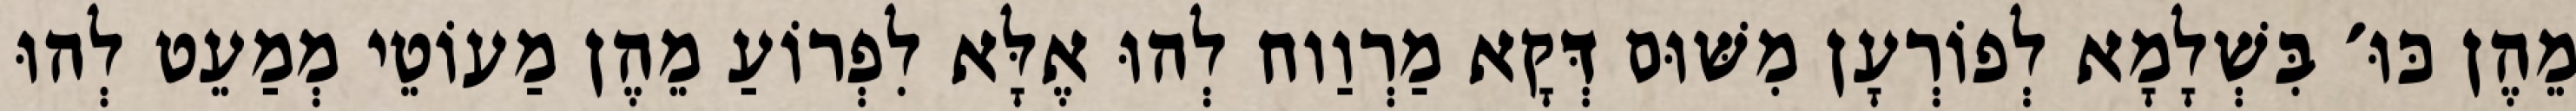
מֵהֶן כּוּ׳ בִּשְׁלָמָא לְפוֹרְעָן מִשּׁוּם דְּקָא מַרְוַוח לְהוּ אֶלָּא לִפְרוֹעַ מֵהֶן מַעוֹטֵי מְמַעֵט לְהוּ